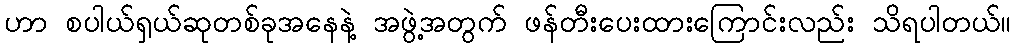
ဟာ စပါယ်ရှယ်ဆုတစ်ခုအနေနဲ့ အဖွဲ့အတွက် ဖန်တီးပေးထားကြောင်းလည်း သိရပါတယ်။